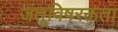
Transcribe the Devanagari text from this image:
जंतूविषरक्तता